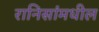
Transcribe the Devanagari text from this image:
रानिसांमधील